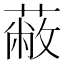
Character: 蔽